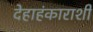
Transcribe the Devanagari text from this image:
देहाहंकाराशी